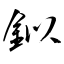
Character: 鉯